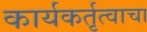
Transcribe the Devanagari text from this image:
कार्यकर्तृत्वाचा